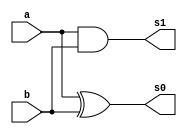
// -------------------------
// Exemplo_0801 - FULL ADDER
// Nome: Frederico Malaquias
// -------------------------
// -------------------------
// half adder
// -------------------------
module halfAdder (output s1,
 output s0, 
 input a, 
 input b);
// descrever por portas
xor XOR1 ( s0, a, b );
and AND1 ( s1, a, b );
endmodule // halfAdder
// -------------------------
// full adder
// -------------------------
module fullAdder ( output s1,
 output s0,
 input a, 
 input b, 
 input carryIn );
// descrever por portas e/ou modulos

wire somaHA, carryHA;
wire somaHA_AND_carryHA;

halfAdder HA0(carryHA, somaHA, a, b);
xor XOR1(s0, somaHA, carryIn);
and AND1(somaHA_AND_carryHA, somaHA, carryIn);
or OR1(s1, somaHA_AND_carryHA, carryHA);
endmodule // fullAdder
module test_fullAdder;
// ------------------------- definir dados
    reg [3:0] x;
    reg [3:0] y;
    wire [3:0] carry; // " variavel " que vai um
    wire [4:0] soma;
    
    fullAdder FA0(carry[0], soma[0], x[0], y[0], 1'b0);
    fullAdder FA1(carry[1], soma[1], x[1], y[1], carry[0]);
    fullAdder FA2(carry[2], soma[2], x[2], y[2], carry[1]);
    fullAdder FA3(carry[3], soma[3], x[3], y[3], carry[2]);
    fullAdder FA4(carry[3], soma[4], 1'b0, 1'b0, carry[3]);
 
// ------------------------- parte principal
initial begin
 $display("Exemplo_0801 - Frederico Malaquias - 747544");
 $display("Test ALUs full adder");
 $monitor("%4b \n %4b\n+%4b\n-----\n%5b\n", carry, x, y, soma);
        x = 4'b0000; y = 4'b0000;
        #1 x = 4'b0001; y = 4'b0000;
        #1 x = 4'b0001; y = 4'b0001;
        #1 x = 4'b0001; y = 4'b0100;
        #1 x = 4'b0101; y = 4'b0100;
        #1 x = 4'b1100; y = 4'b0011;
        #1 x = 4'b1100; y = 4'b0100;

//  $display(1'b0 + 1'b0 + 1'b0+ 0);
//  $display(1'b0 + 1'b0 + 4'b0+ 1);
//  #1 $monitor("%4b %4b %4b %4b", soma, carry, x, y);
//  x = 1'b0; y = 1'b1; s = 1'b0;
 // projetar testes do modulo
//  #1 $monitor("%4b %4b %4b %4b", a, b, sa, sb);
//  #1 s = 1'b1;
// projetar testes do somador completo
end
endmodule // test_fullAdder